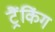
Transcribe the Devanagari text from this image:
ट्रैंकिंग